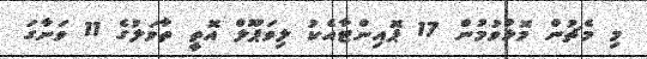
މި މެޗުން މޮޅުވުމުން 17 ޕޮއިންޓާއެކު ލިވަޕޫލް އޮތީ ތާވަލުގެ 11 ވަނާގަ